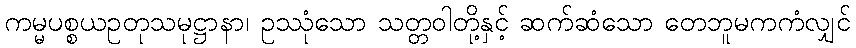
ကမ္မပစ္စယဥတုသမုဋ္ဌာနာ၊ ဥဿုံသော သတ္တဝါတို့နှင့် ဆက်ဆံသော တေဘူမကကံလျှင်